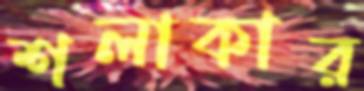
শলাকার